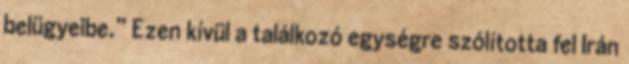
belügyeibe.” Ezen kívül a találkozó egységre szólította fel Irán